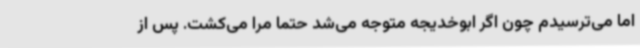
اما می‌ترسیدم چون اگر ابوخدیجه متوجه می‌شد حتماً مرا می‌کشت. پس از